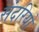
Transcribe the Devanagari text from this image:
संदरियों